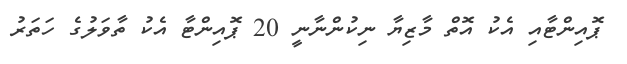
ޕޮއިންޓާއި އެކު އޮތް މާޒިޔާ ނިކުންނާނީ 20 ޕޮއިންޓާ އެކު ތާވަލުގެ ހަތަރު